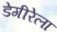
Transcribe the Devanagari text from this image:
डेगीरेला